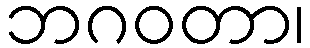
ဘဂဝတာ၊